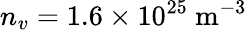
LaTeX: n_{v}=1.6\times 10^{25}~\mathrm{m}^{-3}